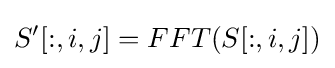
S'[:,i,j]=FFT(S[:,i,j])